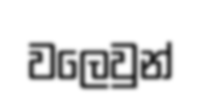
වලෙවුන්